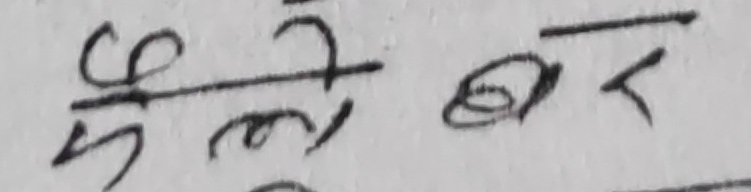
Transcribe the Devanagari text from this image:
$\frac{4}{5}  त्यतै बर